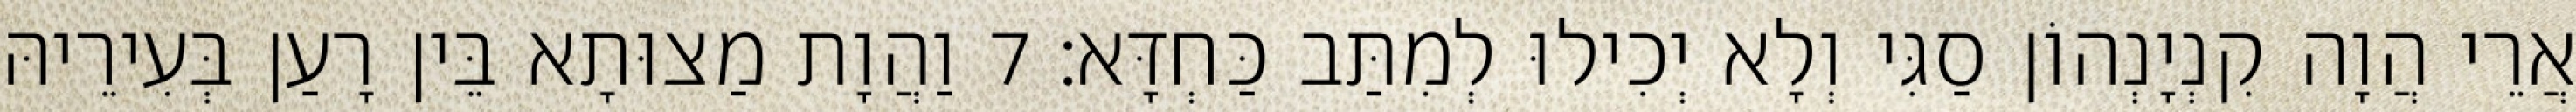
אֲרֵי הֲוָה קִנְיָנְהוֹן סַגִּי וְלָא יְכִילוּ לְמִתַּב כַּחְדָּא׃ 7 וַהֲוָת מַצוּתָא בֵּין רָעַן בְּעִירֵיהּ